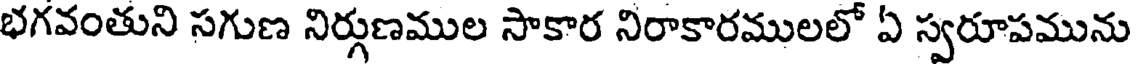
భగవంతుని సగుణ నిర్గణముల సాకార నిరాకారములలో ఏ స్వరూపమును